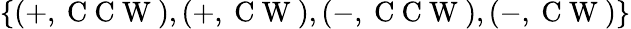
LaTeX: \{ (+,\mathrm{~C~C~W~}),(+,\mathrm{~C~W~}),(-,\mathrm{~C~C~W~}),(-,\mathrm{~C~W~})\}